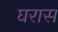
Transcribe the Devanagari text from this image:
घरास